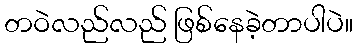
တဝဲလည်လည် ဖြစ်နေခဲ့တာပါပဲ။